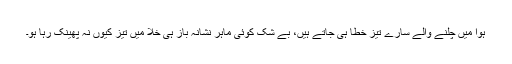
ہوا میں چلنے والے سارے تیز خطا ہی جاتے ہیں، بے شک کوئی ماہر نشانہ باز ہی خلا میں تیز کیوں نہ پھینک رہا ہو۔